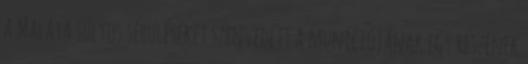
a Malaya súlyos sérüléseket szenvedett a muníciójának egy részének